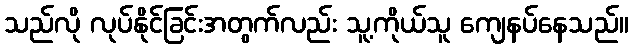
သည်လို လုပ်နိုင်ခြင်းအတွက်လည်း သူ့ကိုယ်သူ ကျေနပ်နေသည်။